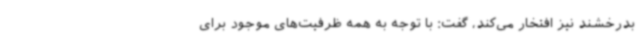
بدرخشند نیز افتخار می‌کند، گفت: با توجه به همه ظرفیت‌های موجود برای